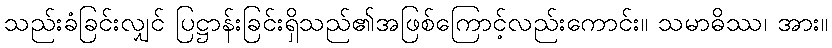
သည်းခံခြင်းလျှင် ပြဋ္ဌာန်းခြင်းရှိသည်၏အဖြစ်ကြောင့်လည်းကောင်း။ သမာဓိဿ၊ အား။